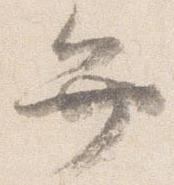
弁